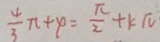
\frac { 4 } { 3 } \pi + \varphi = \frac { \pi } { 2 } + k \pi